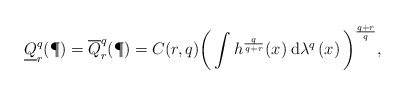
\begin{align*}\underline{Q}_{r}^{q}(\P)=\overline{Q}_{r}^{q}(\P)=C(r,q)\bigg(\int h^{\frac{q}{q+r}}(x)\:\mathrm{d}\lambda^{q}\left(x\right)\bigg)^{\frac{q+r}{q}},\end{align*}